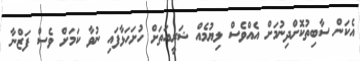
އެކަން ސާބިތުކޮށްދިނުމަށް އެއްވެސް ލިޔުމެއް ޝަރީއަތަށް ހުށަހަޅާފައި ނުވާ ކަމަށް ވެސް ފަޒްނާ